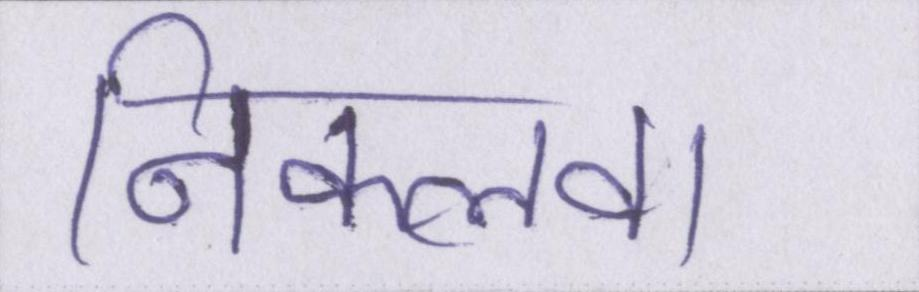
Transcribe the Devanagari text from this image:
निकलवा